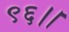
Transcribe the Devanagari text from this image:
९६।।